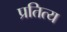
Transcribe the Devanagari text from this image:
प्रतित्य